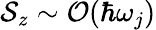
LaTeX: \mathcal{S}_{z}\sim\mathcal{O}(\hbar\omega_{j})